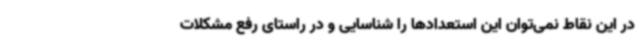
در این نقاط نمی‌توان این استعدادها را شناسایی و در راستای رفع مشکلات